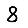
Digit: 8